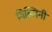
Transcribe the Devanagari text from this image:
ग्रिल्लिनी